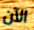
الآن